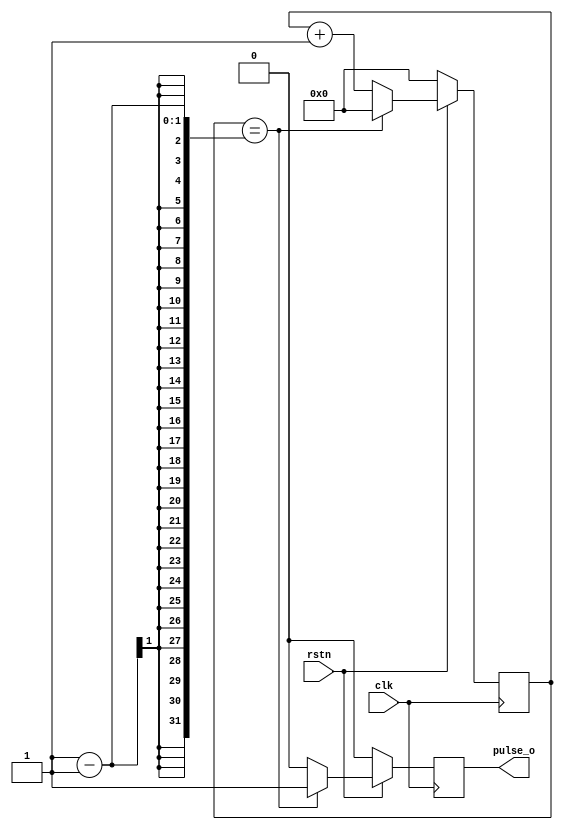
module pulse_generator (
  input        clk,    
  input wire       rstn,   
  output  pulse_o 
);

  
  reg   pulse_rg;
  reg   [7:0] count;

 
  always @(posedge clk) begin
    if (rstn == 1'b0) begin
      pulse_rg <= 1'b0;
      count    <= 8'd0;
    end else begin
      if (count == PERIOD-1) begin
        count    <= 8'd0;
        pulse_rg <= 1'b1;
      end else begin
        pulse_rg <= 1'b0;
        count    <= count + 1;
      end
    end
  end

 
  assign pulse_o = pulse_rg;

endmodule